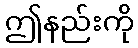
ဤနည်းကို